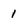
Character: 1